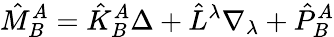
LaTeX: \hat{M}_{B}^{A}=\hat{K}_{B}^{A}\Delta+\hat{L}^{\lambda}\nabla_{\lambda}+\hat{P}_{B}^{A}